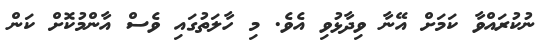
ނުކުރައްވާ ކަމަށް އޭނާ ވިދާޅުވި އެވެ. މި ހާލަތުގައި ވެސް އާންމުކޮށް ކަން